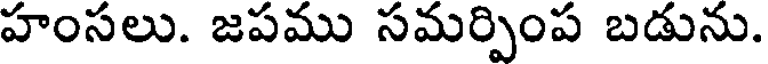
హంసలు. జపము సమర్పింప బడును.